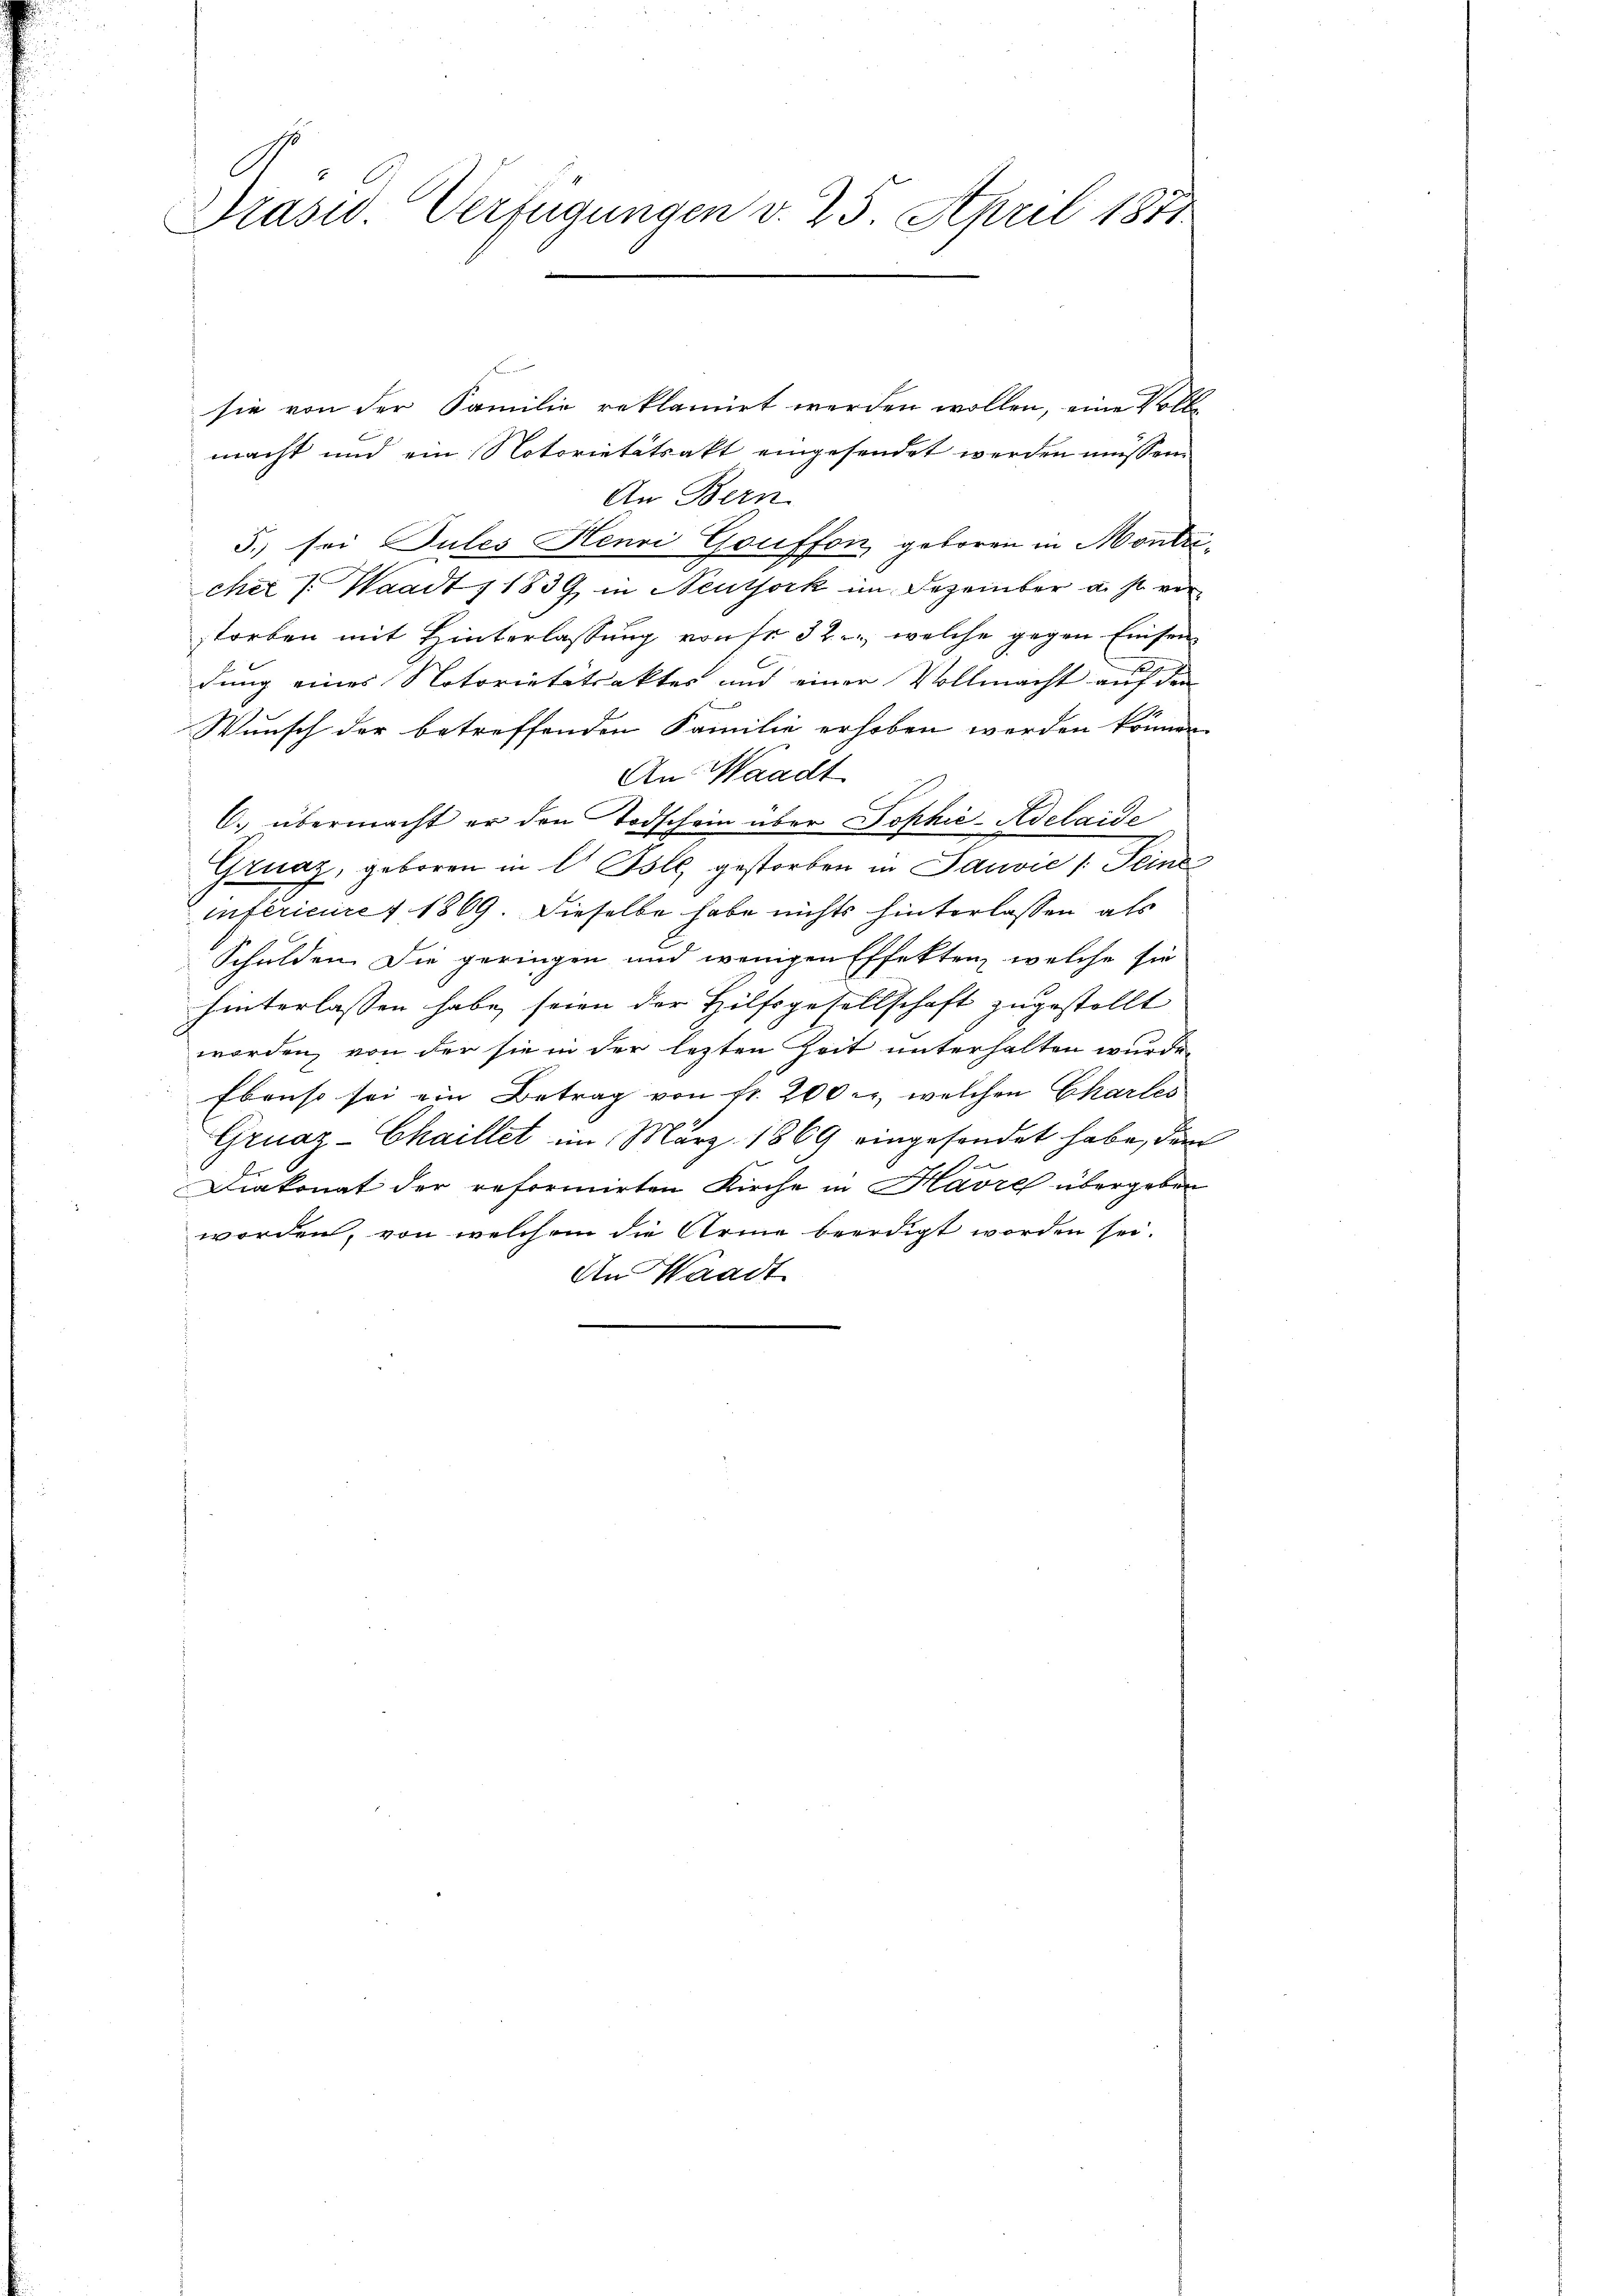
Präsid. Verfügungen v. 25. April 1811

sie von der Familie reklamirt werden wollen, eine Vollmacht und ein Notorietätsakt eingesendet werden müssen.
An Bern
5. sei Sules Henri Gouffon geboren in Montricher 1. Waadt, 1839 in Neutjork im Dezember a. s. verstorben mit Hinterlassung von fr. 32, welche gegen Einsen
dung eines Notorietätsaktes und einer Vollmacht auf den
Wunsch der betreffenden Familie erhoben werden können
An Waadt
C. übermacht er den Todschein über Sophie-Adelaide
Gruaz, geboren in I. Isle, gestorben in Sauvie /: Seine
infericiret 1869. Dieselbe habe nichts hinterlassen als
Schulden Die geringen und wenigen Effekten welche sie
hinterlassen habe, seien der Hilfsgesellschaft zugestellt
worden, von der sie in der lezten Zeit unterhalten wurde,
Ebenso sei ein Betrag von Fr. 200 l., welchen Charles
Gruaz-Chaillet im März 1869 eingesondet habe, die
Diakonat der reformirten Kirche in Havre übergeben
worden, von welchem die Arme beerdigt worden sei.
An Waadt